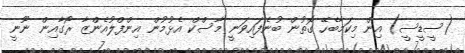
(ސީޑީސީ) އިން މިކަމާބެހޭ ގޮތުން ބުނެފައިވަނީ މާސްކް އެޅުމުން އިންފްލުއެންޒާ ރޯގާއިން ނޫނީ